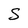
Character: S